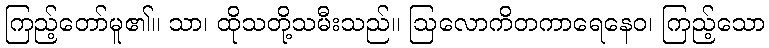
ကြည့်တော်မူ၏။ သာ၊ ထိုသတို့သမီးသည်။ ဩလောကိတကာရေနေဝ၊ ကြည့်သော